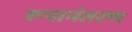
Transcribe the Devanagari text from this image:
रूपानंतरण